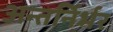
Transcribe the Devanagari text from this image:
अन्तर्निर्भर